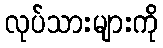
လုပ်သားများကို